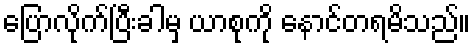
ပြောလိုက်ပြီးခါမှ ယာစုကို နောင်တရမိသည်။